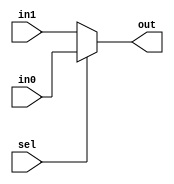
module Mux2to1(
    input [15:0] in0,
    input [15:0] in1,
    input sel,
    output [15:0] out
);
    assign out = sel ? in0 : in1;

endmodule

module Mux3to1(
    input [15:0] in0,
    input [15:0] in1,
    input [15:0] in2,
    input [1:0] sel,
    output reg [15:0] out
);

    always @*
        case (sel)
            2'b00: out = in0;
            2'b01: out = in1;
            2'b10: out = in2;
            default: out = 16'b0; // Default case, output 0
        endcase
endmodule

module Mux4to1(
    input [15:0] in0,
    input [15:0] in1,
    input [15:0] in2,
    input [15:0] in3,
    input [1:0] sel,
    output reg [15:0] out
);

    always @*
        case (sel)
            2'b00: out = in0;
            2'b01: out = in1;
            2'b10: out = in2;
            2'b11: out = in3;
            default: out = 16'b0; // Default case, output 0
        endcase

endmodule

module Mux6to1(
    input [15:0] in0,
    input [15:0] in1,
    input [15:0] in2,
    input [15:0] in3,
    input [15:0] in4,
    input [15:0] in5,
    input [2:0] sel,
    output reg [15:0] out
);

    always @*
        case (sel)
            3'b000: out = in0;
            3'b001: out = in1;
            3'b010: out = in2;
            3'b011: out = in3;
            3'b100: out = in4;
            3'b101: out = in5;
            default: out = 6'b0; // Default case, output 0
        endcase

endmodule